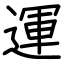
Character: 運